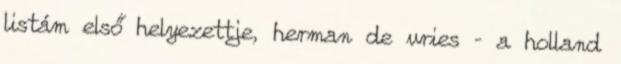
listám első helyezettje, herman de vries – a holland